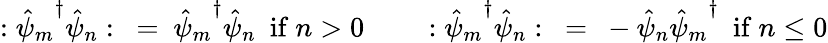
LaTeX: :{\hat{\psi}_{m}}^{\dagger}\hat{\psi}_{n}:~=~{\hat{\psi}_{m}}^{\dagger}\hat{\psi}_{n}{}~~\mathrm{if}~n>0~~~~~~~~:{\hat{\psi}_{m}}^{\dagger}\hat{\psi}_{n}:~=~-\hat{\psi}_{n}{\hat{\psi}_{m}}^{\dagger}~~\mathrm{if}~n\le 0